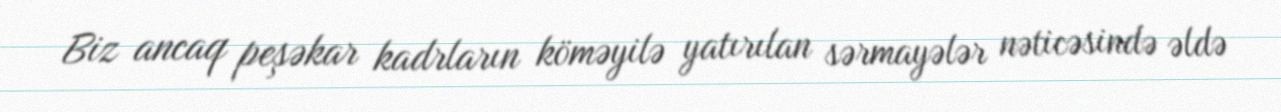
Biz ancaq peşəkar kadrların köməyilə yatırılan sərmayələr nəticəsində əldə